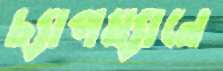
চ্যাপম্যানে